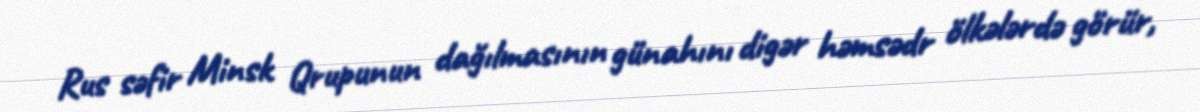
Rus səfir Minsk Qrupunun dağılmasının günahını digər həmsədr ölkələrdə görür,